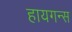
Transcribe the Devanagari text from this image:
हायगन्स